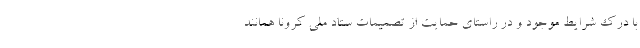
با درک شرایط موجود و در راستای حمایت از تصمیمات ستاد ملی کرونا همانند